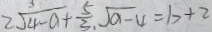
2 \sqrt { 4 - a } + \frac { 5 } { 3 } , \sqrt { a - 4 } = b + 2